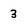
Character: 3